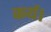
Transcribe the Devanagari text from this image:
कर्य।